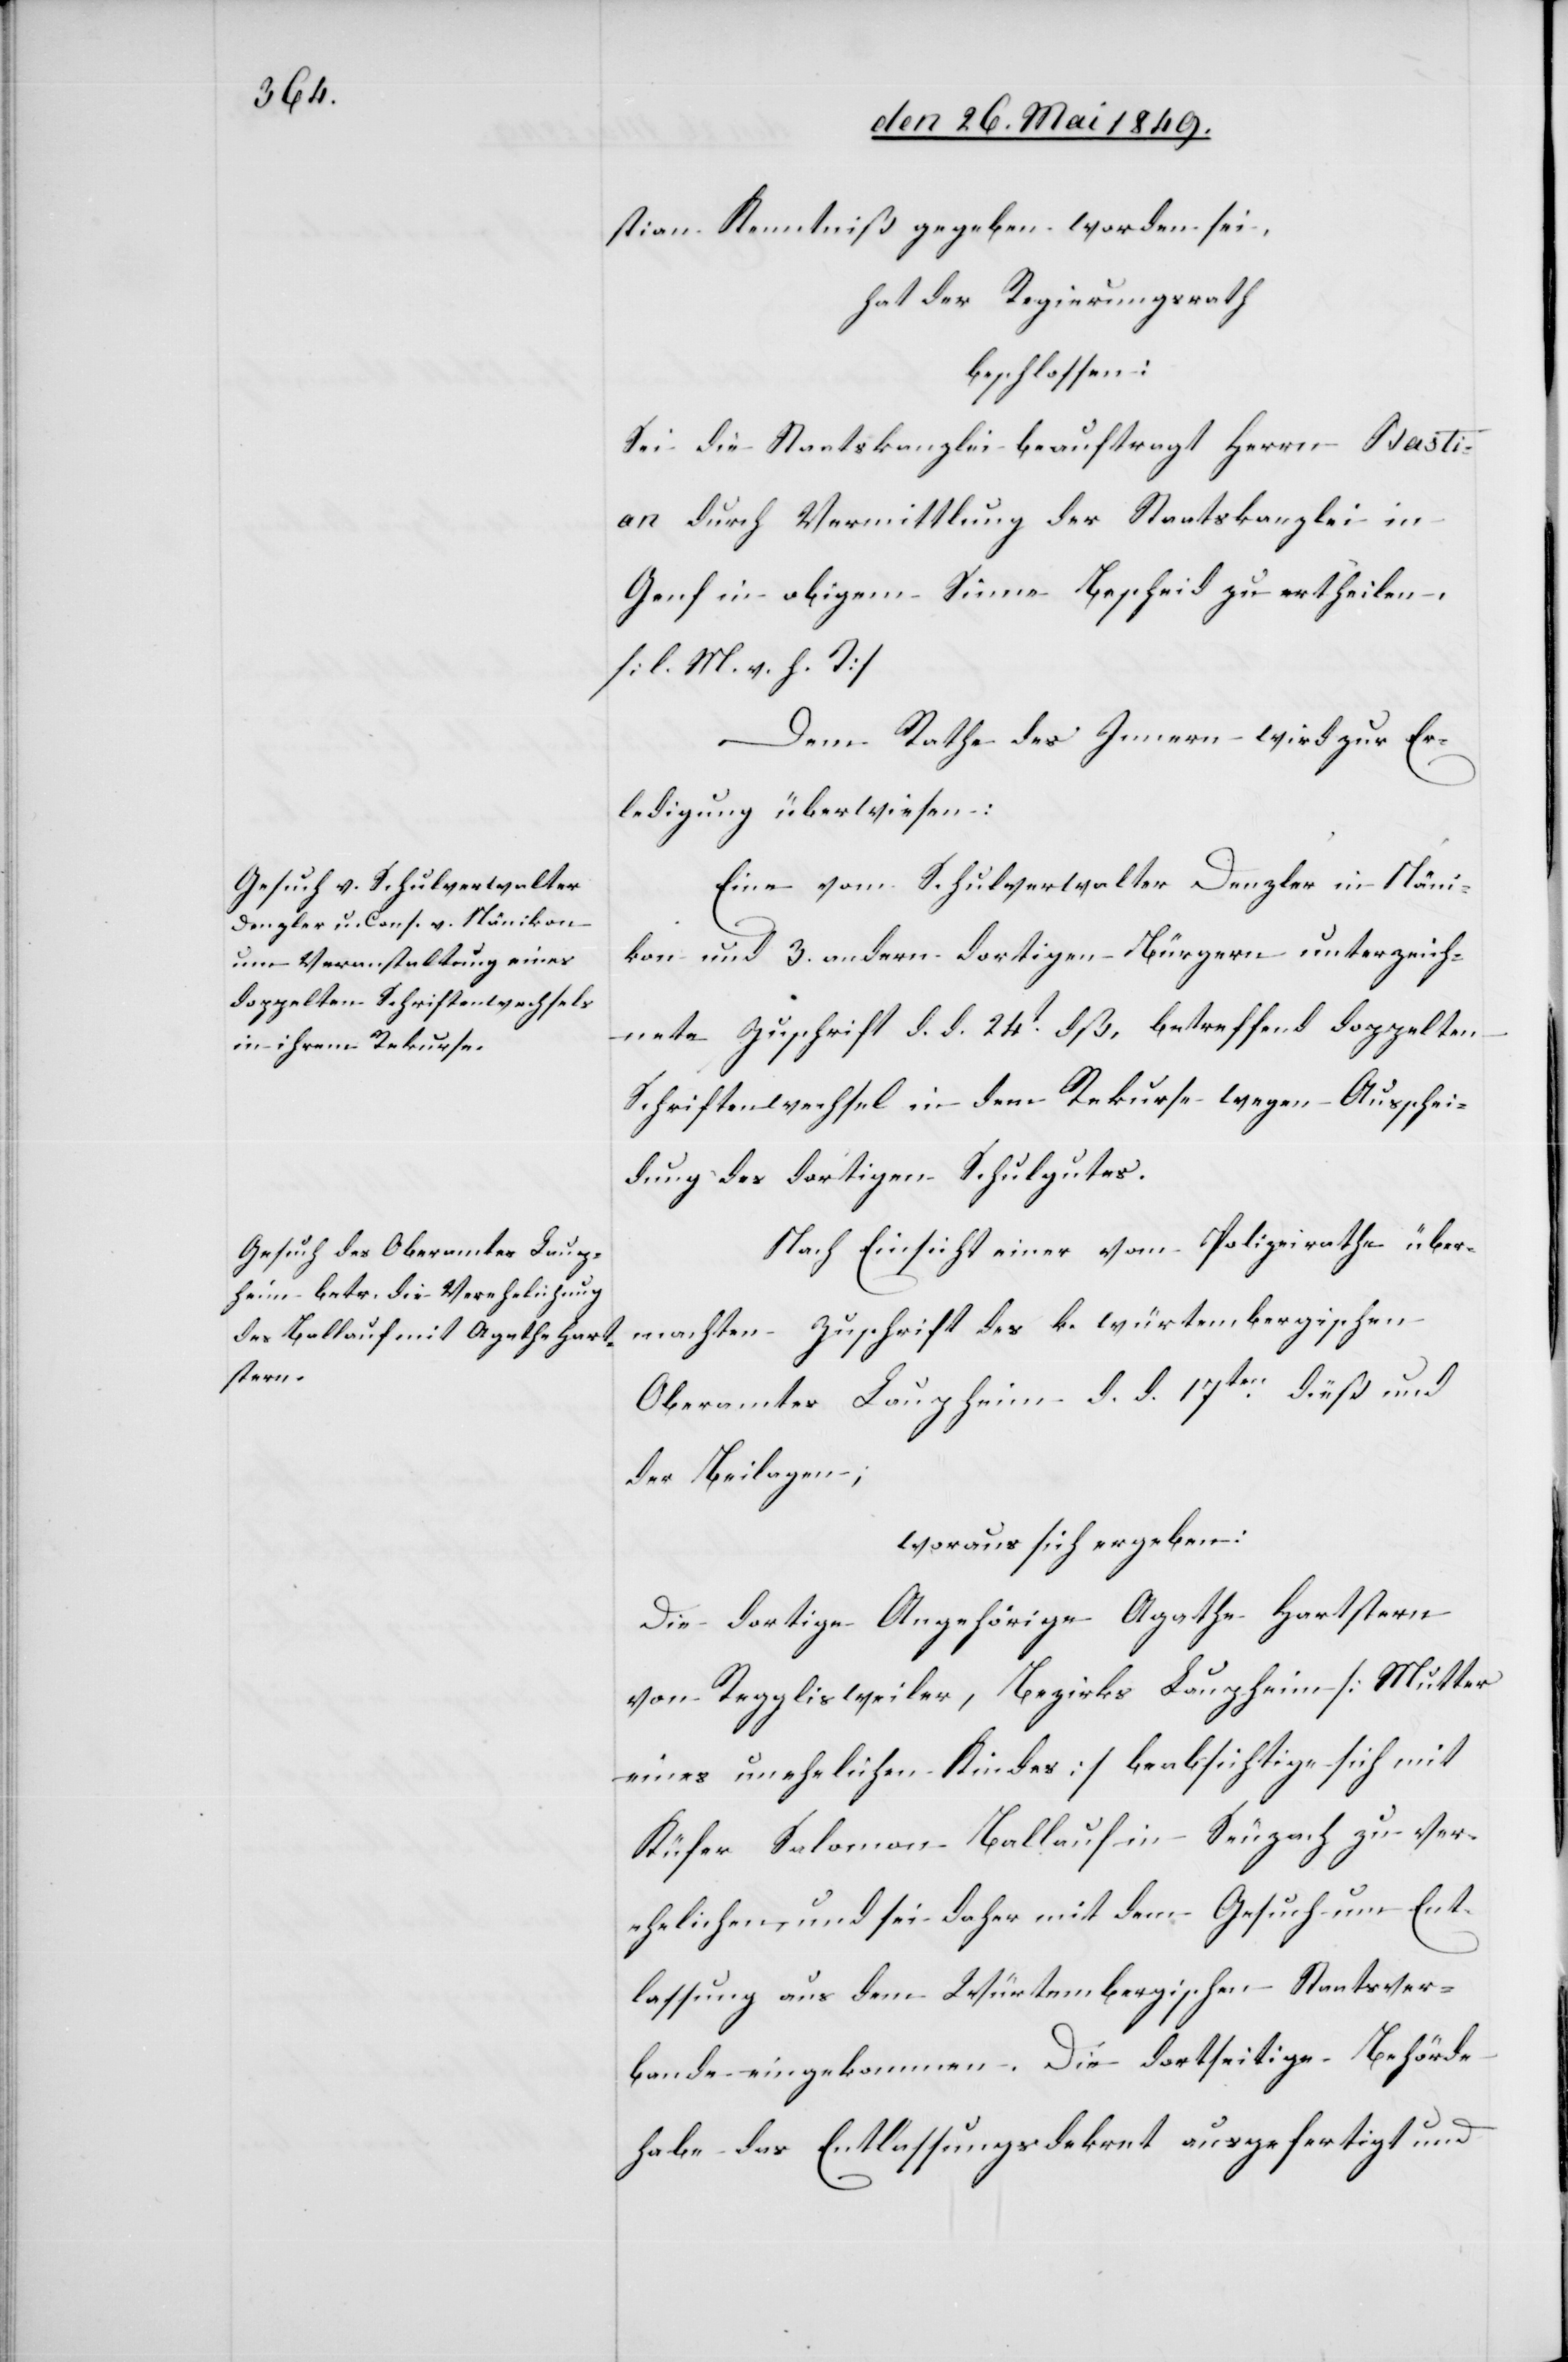
stian Kenntniß gegeben worden sei,
hat der Regierungsrath
beschlossen:
Sei die Staatskanzlei beauftragt Herrn Basti¬
an durch Vermittlung der Staatskanzlei in
Genf in obigem Sinne Bescheid zu ertheilen,
[l. M. h. T][.]
Dem Rathe des Innern wird zur Er¬
ledigung überwiesen:
Eine vom Schulverwalter Denzler in Näni¬
kon und 3. andern dortigen Bürgern unterzeich¬
nete Zuschrift d. d. 24t dß, betreffend doppelten
Schriftenwechsel in dem Rekurse wegen Ausschei¬
dung des dortigen Schulgutes.
Nach Einsicht einer vom Polizeirathe über¬
machten Zuschrift des k. würtembergischen
Oberamtes Laupheim d. d. 17ten dieß und
der Beilagen;
woraus sich ergeben:
die dortige Angehörige Agathe Hartstern
von Regglisweiler, Bezirks Laupheim [Mutter
eines unehelichen Kindes] beabsichtige sich mit
Küfer Salomon Ballauf [sic!] in Seuzach zu ver¬
ehelichen und sei daher mit dem Gesuch um Ent¬
lassung aus dem Würtembergischen Staatsver¬
bande eingekommen. Die dortseitige Behörde
habe das Entlassungsdekret ausgefertigt und